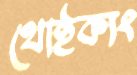
থোইক্যং